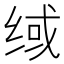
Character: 𰬟